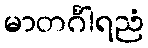
မာတင်္ဂါရညံ